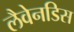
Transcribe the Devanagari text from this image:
लैवेनडिस